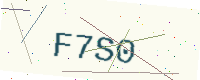
Text: F7S0